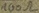
Text: 100Ω